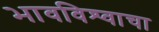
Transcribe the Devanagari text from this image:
भावविश्‍वाचा